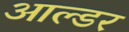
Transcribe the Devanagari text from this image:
आल्डर